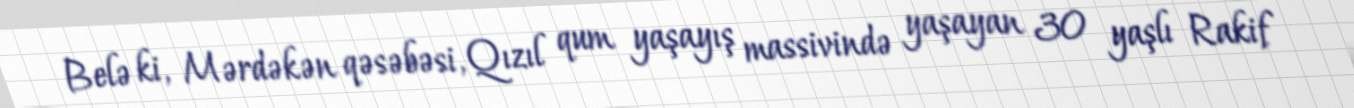
Belə ki, Mərdəkən qəsəbəsi, Qızıl qum yaşayış massivində yaşayan 30 yaşlı Rakif